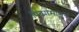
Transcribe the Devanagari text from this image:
पिढ्यांमागून